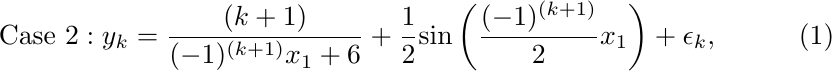
\begin{equation}\label{ex1-2}
    \text{Case 2} : y_k = \frac{(k+1)}{(-1)^{(k+1)} x_1 + 6} + \frac{1}{2}\text{sin}\left(\frac{(-1)^{(k+1)}}{2}x_1 \right)+ \epsilon_k,
\end{equation}